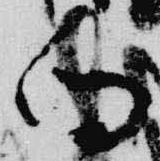
向